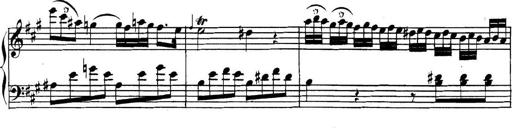
Title: Collected Piano Sonatas
Composer: Muzio Clementi